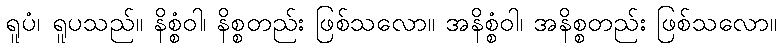
ရူပံ၊ ရူပသည်။ နိစ္စံဝါ၊ နိစ္စတည်း ဖြစ်သလော။ အနိစ္စံဝါ၊ အနိစ္စတည်း ဖြစ်သလော။